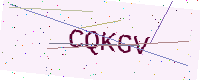
Text: CQKGV